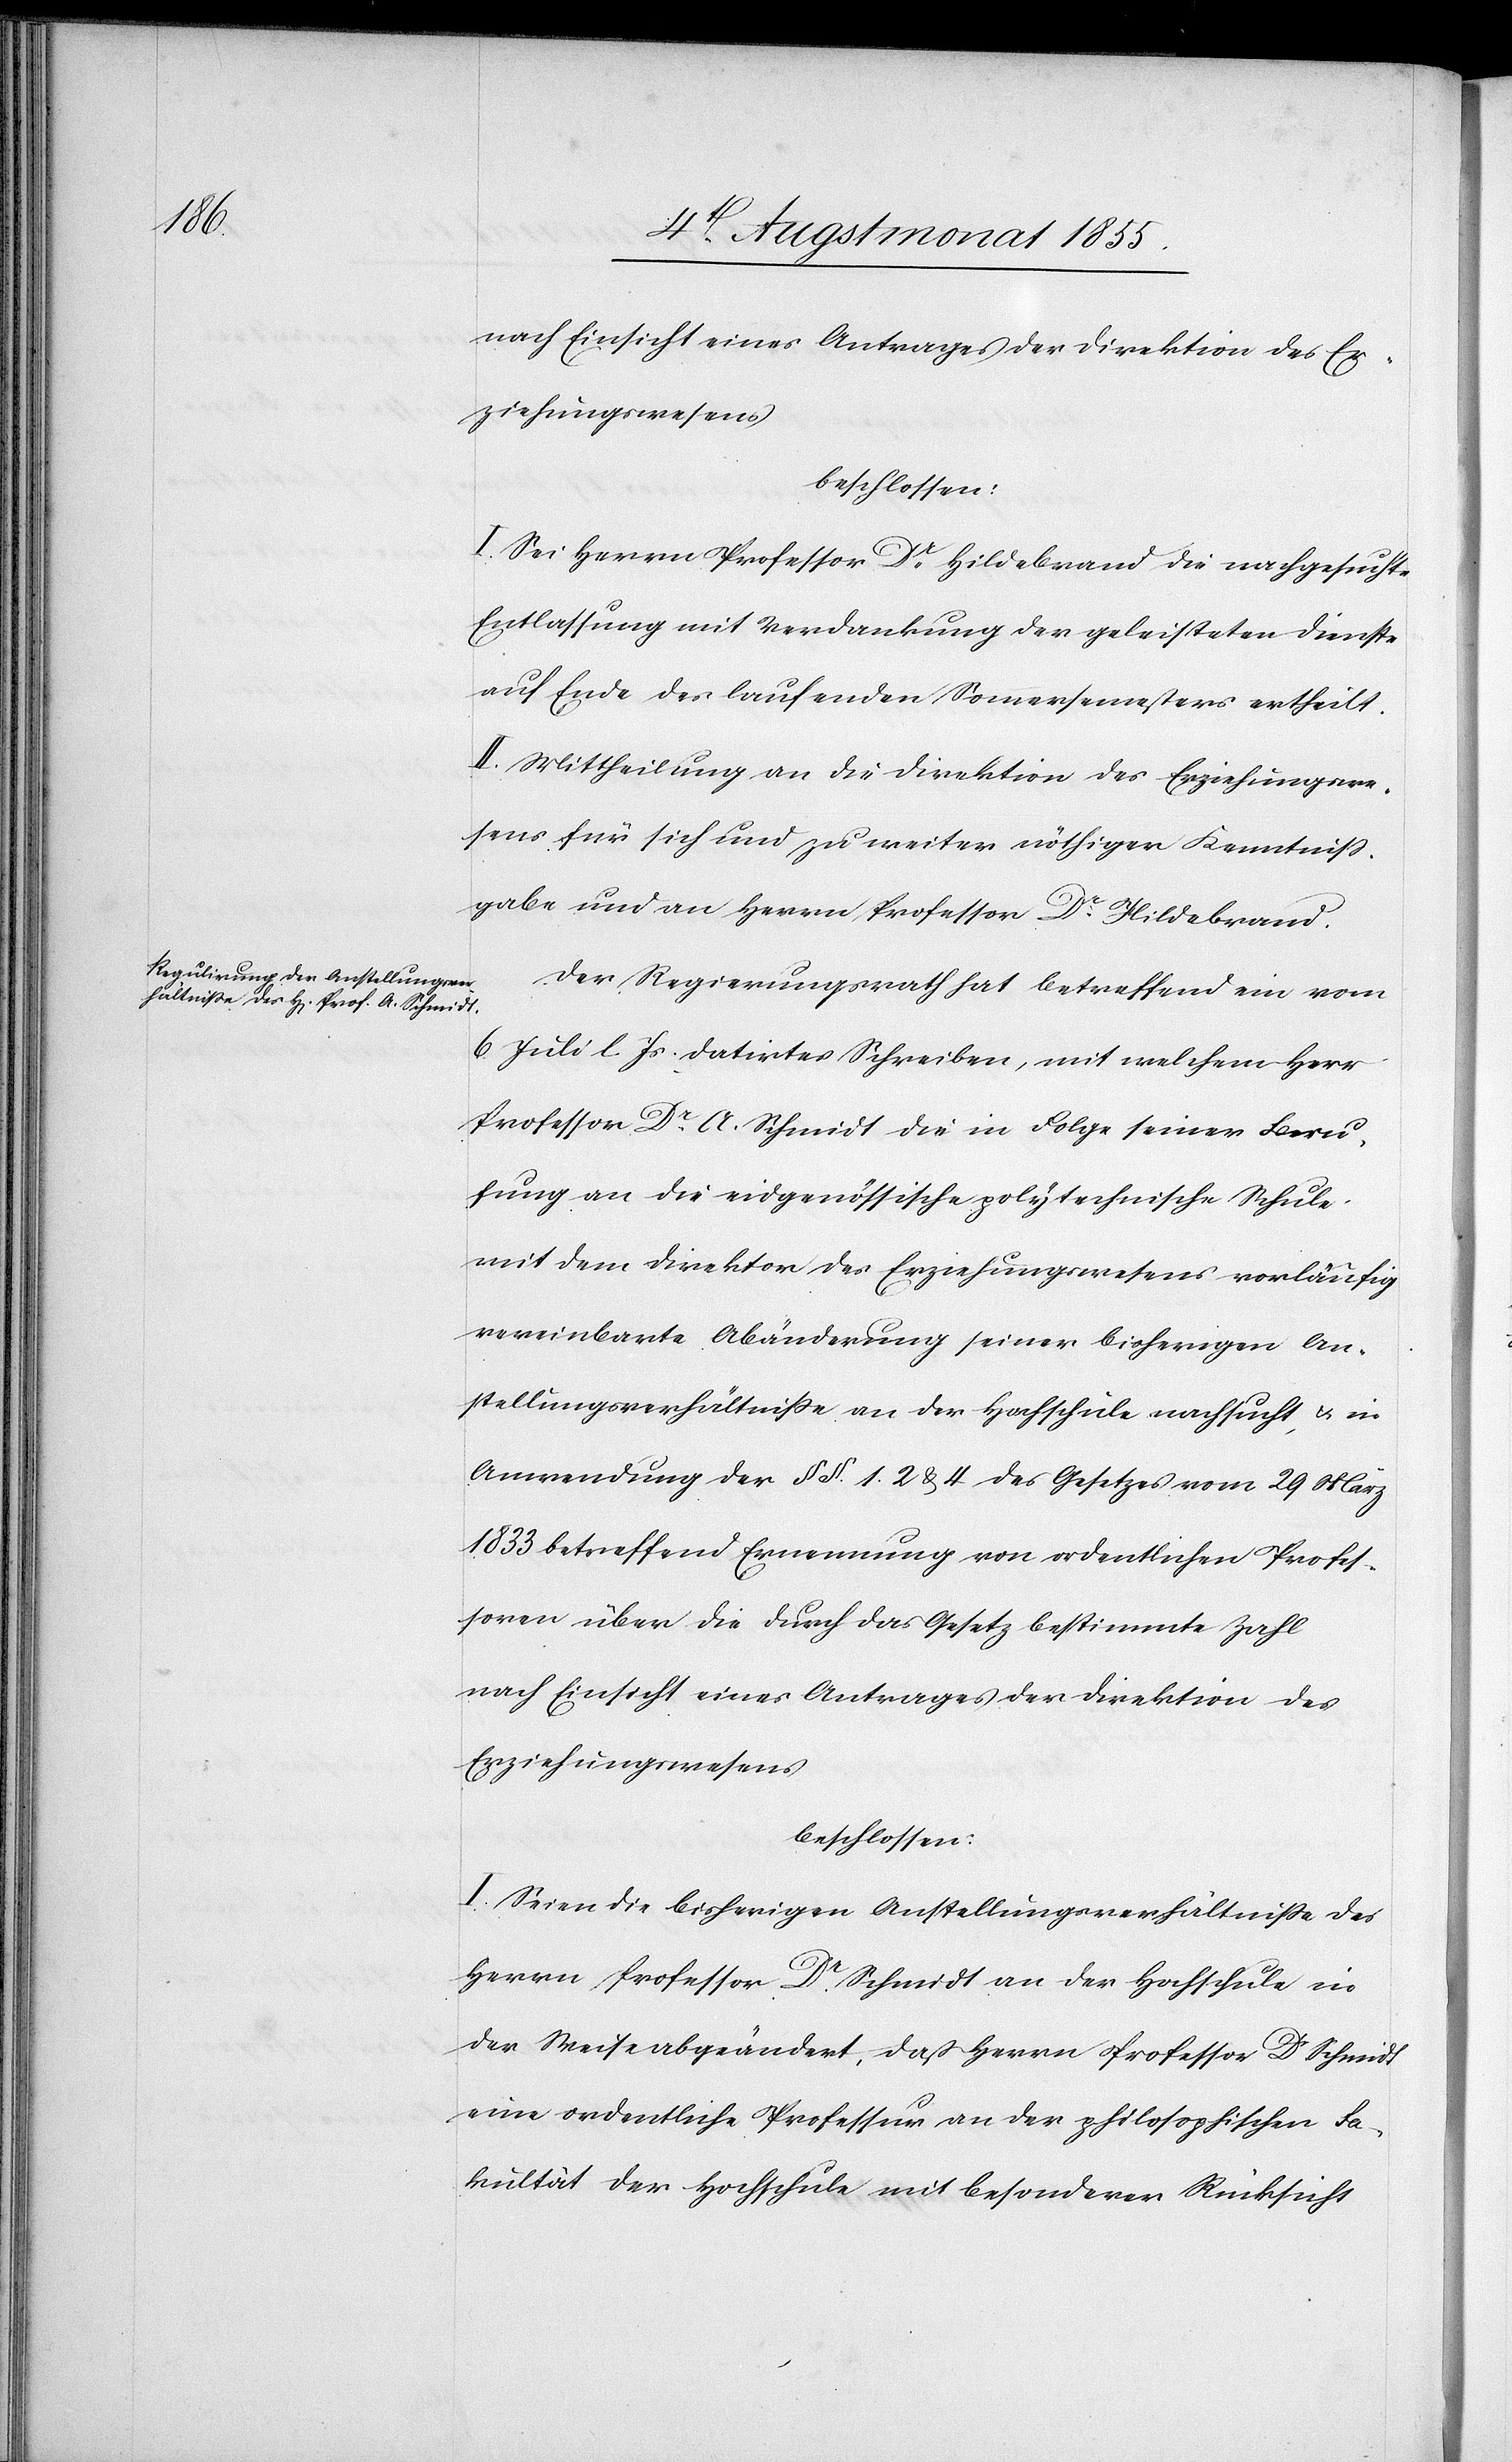
I. Sei Herrn Professor Dr. Hildebrand die nachgesuchte
Entlassung mit Verdankung der geleisteten Dienste
auf Ende des laufenden Sommersemesters ertheilt.
II. Mittheilung an die Direktion des Erziehungswe¬
sens für sich und zu weiter nöthiger Kenntniss¬
gabe und an Herrn Professor Dr. Hildebrand.
Der Regierungsrath hat betreffend ein vom
6. Juli l. Js. datirtes Schreiben, mit welchem Herr
Professor Dr. A. Schmidt die in Folge seiner Beru¬
fung an die eidgenössische polytechnische Schule
mit dem Direktor des Erziehungswesens vorläufig
vereinbarte Abänderung seiner bisherigen An¬
stellungsverhältniße an der Hochschule nachsucht, & in
Anwendung der §§. 1. 2 & 4 des Gesetzes vom 29 März
1833 betreffend Ernennung von ordentlichen Profes¬
soren über die durch das Gesetz bestimmte Zahl
nach Einsicht eines Antrages der Direktion des
Erziehungswesens
beschlossen:
I. Seien die bisherigen Anstellungsverhältnisse des
Herrn Professor Dr. Schmidt an der Hochschule in
der Weise abgeändert, daß Herrn Professor Dr. Schmidt
eine ordentliche Professur an der philosophischen Fa¬
kultät der Hochschule mit besonderer Rücksicht